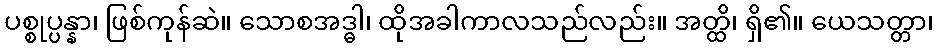
ပစ္စုပ္ပန္နာ၊ ဖြစ်ကုန်ဆဲ။ သောစအဒ္ဓါ၊ ထိုအခါကာလသည်လည်း။ အတ္ထိ၊ ရှိ၏။ ယေသတ္တာ၊